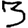
Digit: 3